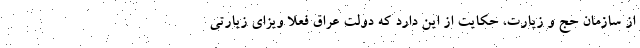
از سازمان حج و زیارت، حکایت از این دارد که دولت عراق فعلا ویزای زیارتی